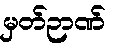
မှတ်ဉာဏ်